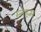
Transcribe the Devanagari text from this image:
स्नेहम